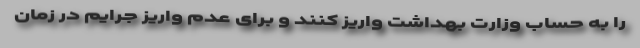
را به حساب وزارت بهداشت واریز کنند و برای عدم واریز جرایم در زمان